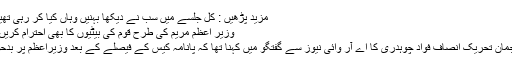
مزید پڑھیں : کل جلسے میں سب نے دیکھا بہنیں وہاں کیا کر رہی تھیں، نواز شریف
وزیر اعظم مریم کی طرح قوم کی بیٹیوں کا بھی احترام کریں، فواد چوہدری
علاوہ ازیں ترجمان تحریک انصاف فواد چوہدری کا اے آر وائی نیوز سے گفتگو میں کہنا تھا کہ پانامہ کیس کے فیصلے کے بعد وزیراعظم پر بدحواس سوار ہے۔